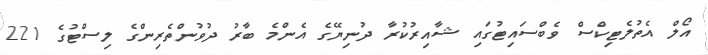
އޯލް އެތުލެޓިކްސް ވެބްސައިޓުގައި ޝާއިރުކުރާ ދުނިޔޭގެ އެންމެ ބާރު ދުވުންތެރިންގެ ލިސްޓުގެ 221